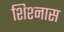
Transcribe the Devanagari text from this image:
शिश्नास